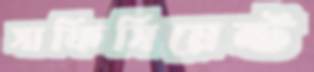
সাফিসিয়েন্ট